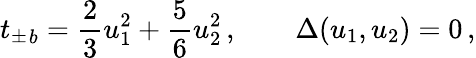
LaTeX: {t_{\pm}}_{b}=\frac{2}{3}u_{1}^{2}+\frac{5}{6}u_{2}^{2}\, ,\qquad\Delta(u_{1},u_{2})=0\, ,